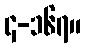
၄-၁၆၇။